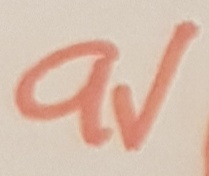
Text: 9V